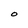
Character: O